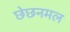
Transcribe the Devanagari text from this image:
छेछनमल